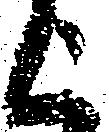
上